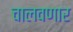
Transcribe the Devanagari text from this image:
चालवणार